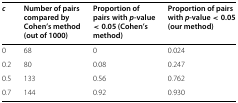
<table><thead><tr><td><b><i>c</i></b></td><td><b>Number of pairs compared by Cohen’s method (out of 1000)</b></td><td><b>Proportion of pairs with<i>p</i>-value &lt; 0<i>.</i>05 (Cohen’s method)</b></td><td><b>Proportion of pairs with<i>p</i>-value &lt; 0<i>.</i>05 (our method)</b></td></tr></thead><tbody><tr><td>0</td><td>68</td><td>0</td><td>0.024</td></tr><tr><td>0.2</td><td>80</td><td>0.08</td><td>0.247</td></tr><tr><td>0.5</td><td>133</td><td>0.56</td><td>0.762</td></tr><tr><td>0.7</td><td>144</td><td>0.92</td><td>0.930</td></tr></tbody></table>